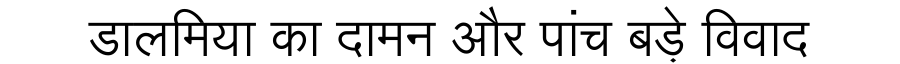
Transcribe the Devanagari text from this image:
डालमिया का दामन और पांच बड़े विवाद